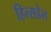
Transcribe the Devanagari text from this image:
हिल्सडेल